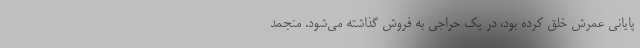
پایانی عمرش خلق کرده بود، در یک حراجی به فروش گذاشته می‌شود. منجمد